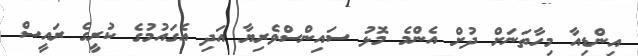
އިންޑިއާ މިހާތަނަށް ދުށް އެންމެ މޮޅު ސައިންސްވެރިޔާ އަދި އެގައުމުގެ ކުރީގެ ރައީސް